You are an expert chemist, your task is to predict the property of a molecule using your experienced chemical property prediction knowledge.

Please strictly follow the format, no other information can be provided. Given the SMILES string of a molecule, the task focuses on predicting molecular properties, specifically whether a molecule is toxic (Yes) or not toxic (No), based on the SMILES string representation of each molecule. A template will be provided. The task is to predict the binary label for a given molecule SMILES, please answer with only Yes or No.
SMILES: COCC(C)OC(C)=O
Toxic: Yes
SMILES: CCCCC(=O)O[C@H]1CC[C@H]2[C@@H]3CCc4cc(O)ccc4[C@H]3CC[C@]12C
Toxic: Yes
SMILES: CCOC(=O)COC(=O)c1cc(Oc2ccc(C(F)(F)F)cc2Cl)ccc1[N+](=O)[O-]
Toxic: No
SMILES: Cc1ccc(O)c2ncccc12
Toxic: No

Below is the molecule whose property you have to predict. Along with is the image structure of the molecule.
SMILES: O=[N+]([O-])c1cc(Cl)c(Cl)c(Cl)c1
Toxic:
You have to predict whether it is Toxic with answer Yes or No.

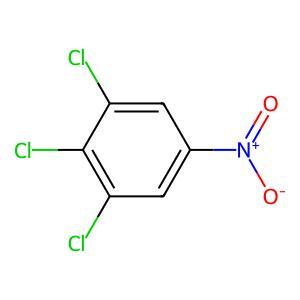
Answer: No